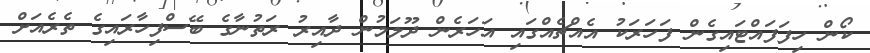
ކޯން ހިފަފައްޓައިގެން ފަހަރަކު އެއްޗެއްގައި އަހަރެން ދޫލަމުން ދާއިރު ރަތުނާގެ ބޭސްފިހާރައިގެ ތެރެއަށް